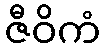
ဇီဝိကံ